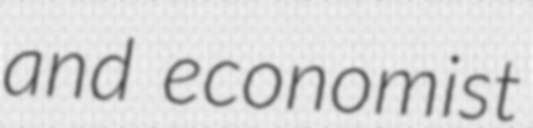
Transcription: and economist